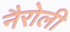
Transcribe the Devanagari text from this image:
नैरोली